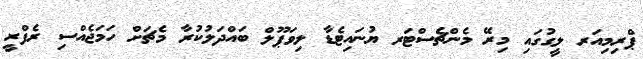
ޕްރިމިއަރ ލީގުގައި މިރޭ މެންޗެސްޓަރ ޔުނައިޓެޑާ ލިވަޕޫލް ބައްދަލުކުރާ މެޗަށް ހަމަޖެއްސި ރެފްރީ